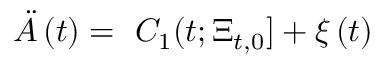
\ddot { A } \left( t \right) = \, \, C _ { 1 } ( t ; \Xi _ { t , 0 } ] + \xi \left( t \right)